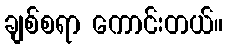
ချစ်စရာ ကောင်းတယ်။